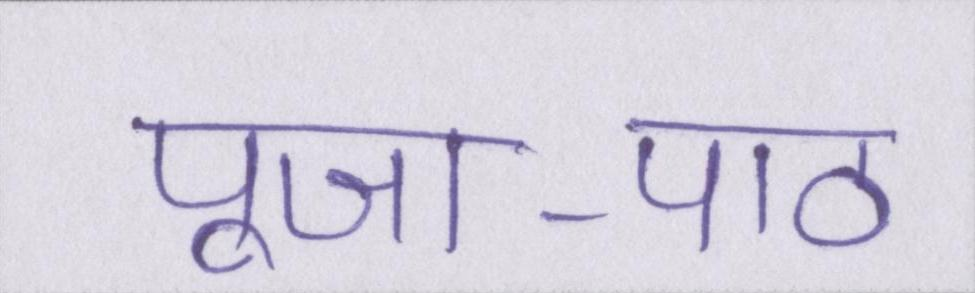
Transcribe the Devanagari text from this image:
पूजा-पाठ